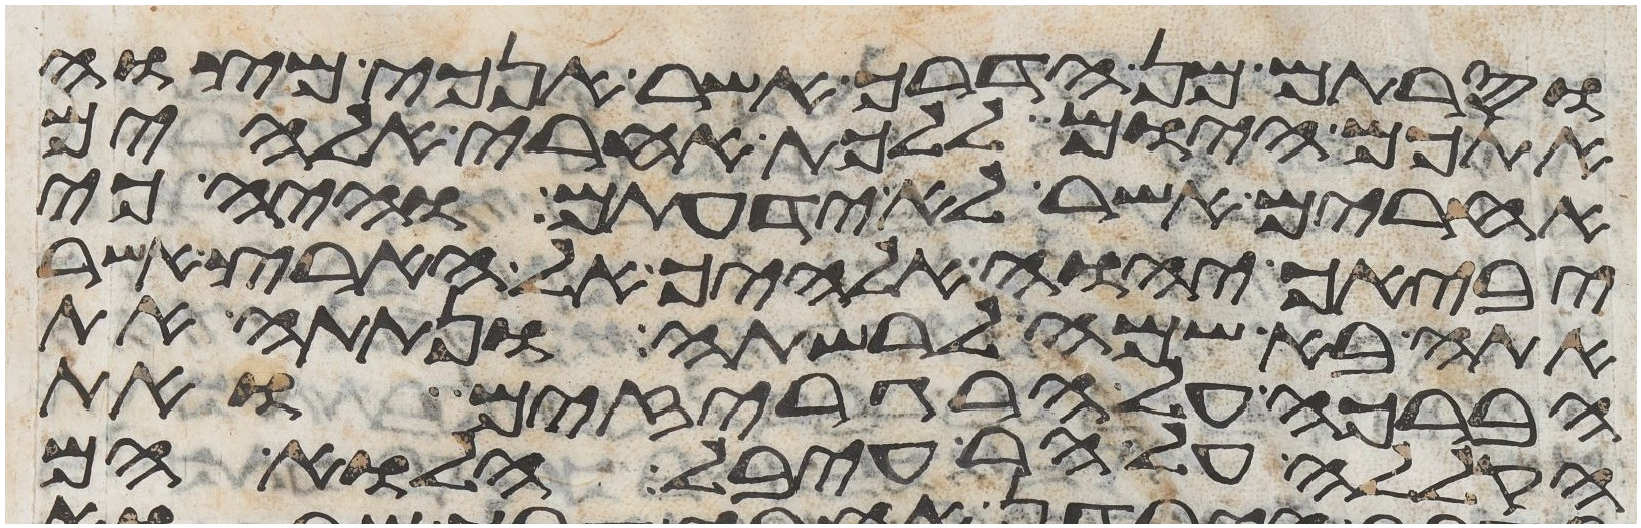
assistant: וסרתם מן הדרך אשר אנכי מצוה
אתכם היום ללכת אחרי אלהים
אחרים אשר לא ידעתם והיה כי
יביאך יהוה אלהיך אל הארץ אשר
אתה בא שמה לרשתה ונתתה את
הברכה על הרגריזים ואת
הקללה על הר עיבל הלוא הם